Regulations for the medical services of the Army of India
Year: 1930
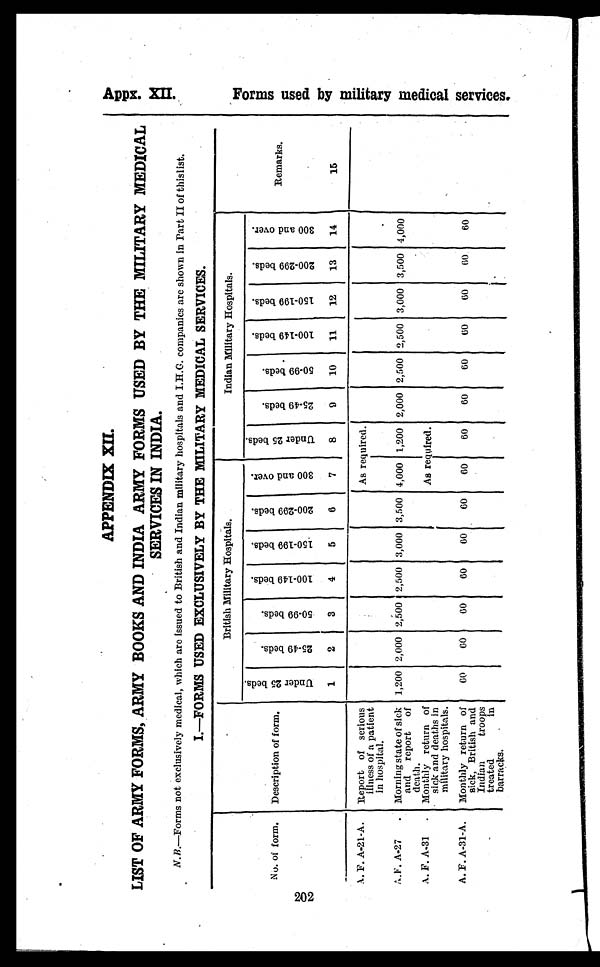
202
APPENDIX XII.
LIST OF ARMY FORMS, ARMY BOOKS AND INDIA ARMY FORMS USED BY THE MILITARY MEDICAL
SERVICES IN INDIA.
N . B.—Forms not exclusively medical, which are issued to British and Indian military hospitals and I.H.G. companies are shown in Part II of thislist.
I.—FORMS USED EXCLUSIVELY BY THE MILITARY MEDICAL SERVICES.
No. of form. Description of form.
British Military Hospitals.
Indian Military Hospitals.
Remarks.
15
U n d e r 2 5 b e d s .
1
2 5 - 4 9 b e d s .
2
5 0 - 9 9 b e d s .
3
1 0 0 - 1 4 9 b e d s
4
1 5 0 - 1 9 9 b e d s .
5
2 0 0 - 2 9 9 b e d s .
6
3 0 0 a n d o v e r .
7
U n d e r 2 5 b e d s .
8
2 5 - 4 9 b e d s .
9
5 0 - 9 9 b e d s .
1 0
1 0 0 - 1 4 9 b e d s .
1 1
1 5 0 - 1 9 9 b e d s .
1 2
2 0 0 - 2 9 9 b e d s .
1 3
3 0 0 a n d o v e r .
1 4
A. F. A-21-A. Report of serious
illness of a patient
in hospital.
As required.
A.F. A-27 . Morning state of sick
and report of
death.
1,200 2,000 2,500 2,500 3,000 3,500 4,000 1,200 2,000 2,500 2,500 3,000 3,500 4,000
A. F. A-31 . Monthly return of
sick and deaths in
military hospitals.
As required.
A. F. A-31-A. Monthly return of
sick, British and
Indian
troops
treated
in
barracks.
60
60
60
60
60
60
60
60
60
60
6 0 60
60
60
Appx. XI I .
F o r m s u s e d b y m i l i t a r y m e d i c a l s e r v i c e s .